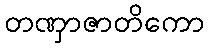
တဏှာဇာတိကော